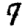
Digit: 7